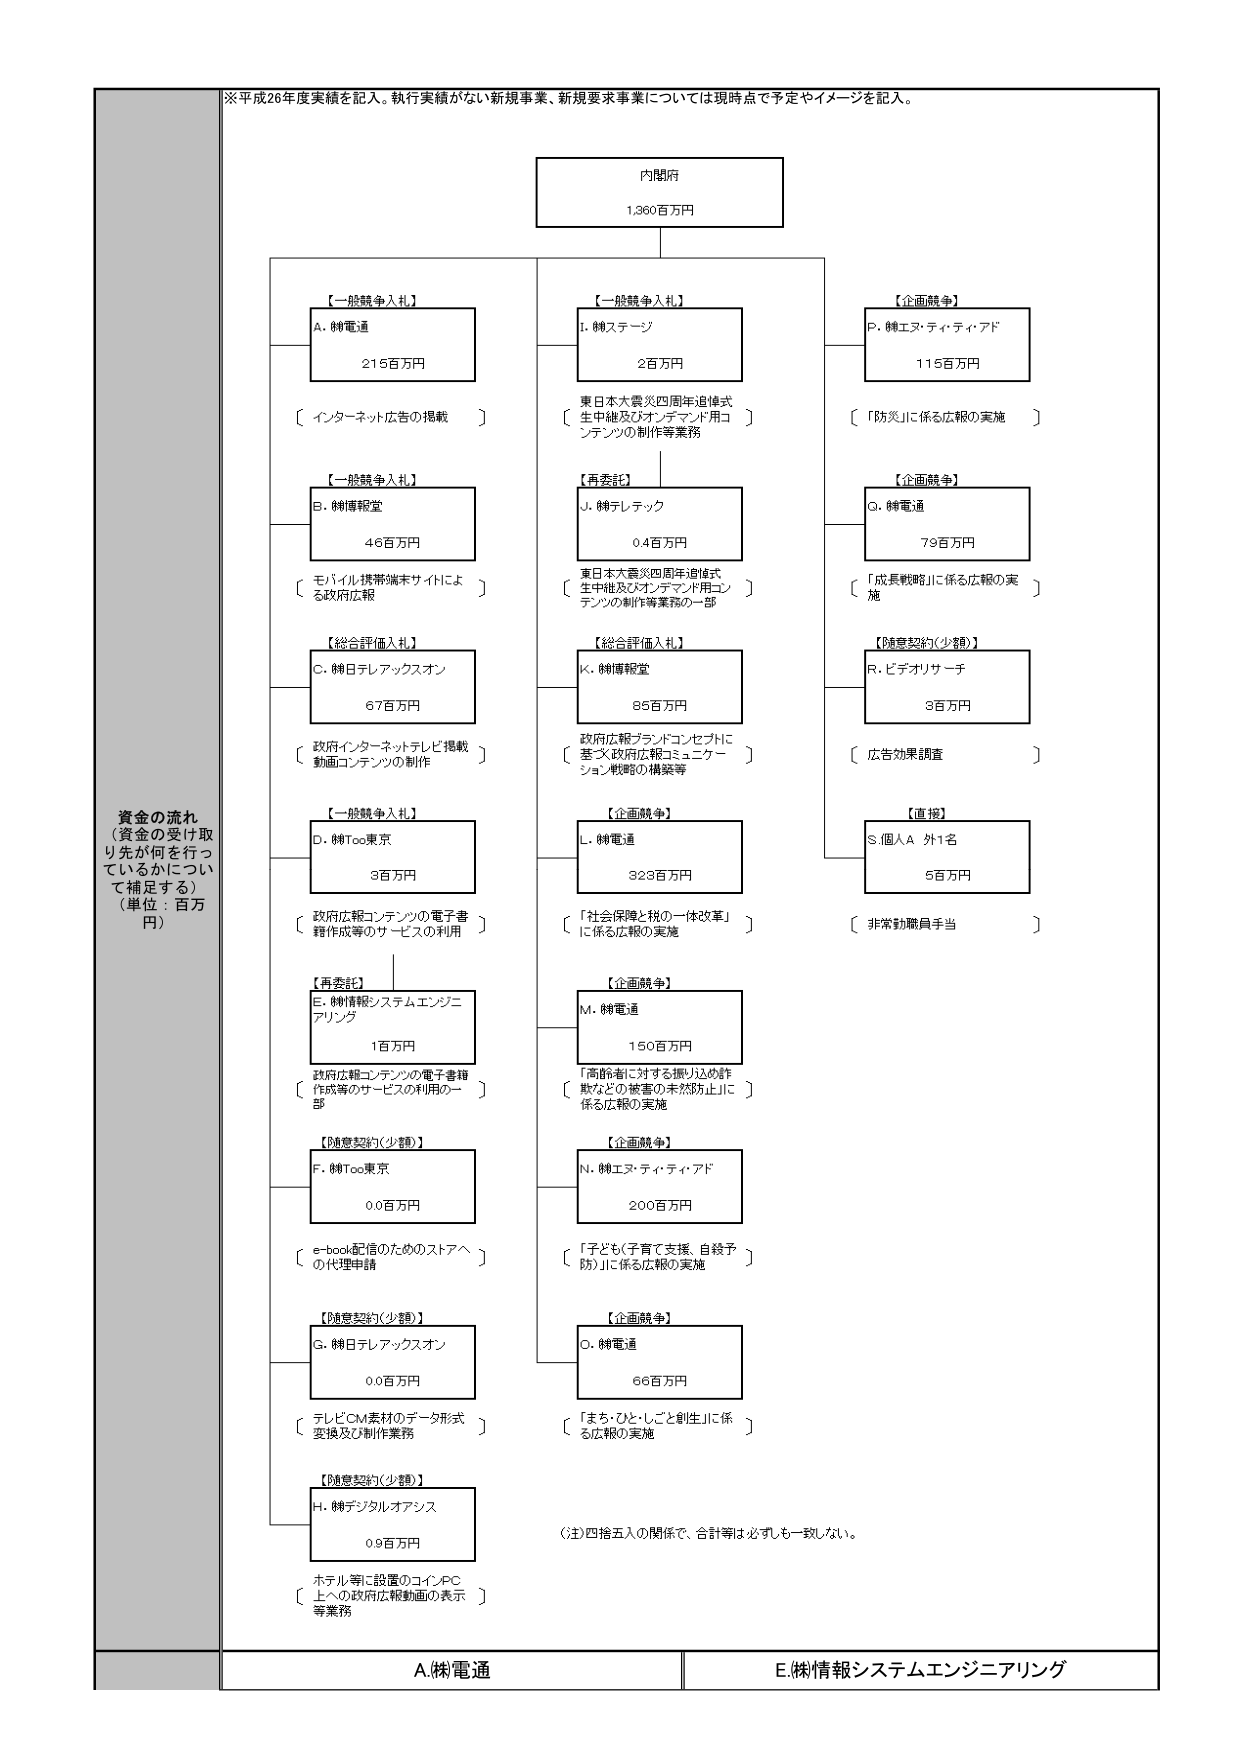
※平成26年度実績を記入。執行実績がない新規事業、新規要求事業については現時点で予定やイメージを記入。

内閣府
1,360百万円

【一般競争入札】
A. ㈱電通
215百万円
〔 インターネット広告の掲載 〕

【一般競争入札】
B. ㈱情報堂
46百万円
〔 モバイル携帯端末サイトによる政府広報 〕

【総合評価入札】
C. ㈱日テレアックスオン
67百万円
〔 政府インターネットテレビ掲載動画コンテンツの制作 〕

【一般競争入札】
D. ㈱Too東京
3百万円
〔 政府広報コンテンツの電子書籍作成等のサービスの利用 〕

【再委託】
E. ㈱情報システムエンジニアリング
1百万円
〔 政府広報コンテンツの電子書籍作成等のサービスの利用の一部 〕

【随意契約（少額）】
F. ㈱Too東京
0.0百万円
〔 e-book配信のためのストアへの代理申請 〕

【随意契約（少額）】
G. ㈱日テレアックスオン
0.0百万円
〔 テレビCM素材のデータ形式変換及び制作業務 〕

【随意契約（少額）】
H. ㈱デジタルオアシス
0.9百万円
〔 ホテル等に設置のコインPC上への政府広報動画の表示等業務 〕

【一般競争入札】
I. ㈱ステージ
2百万円
〔 東日本大震災四周年追悼式生中継及びオンデマンド用コンテンツの制作等業務 〕

【再委託】
J. ㈱テレテック
0.4百万円
〔 東日本大震災四周年追悼式生中継及びオンデマンド用コンテンツの制作等業務の一部 〕

【総合評価入札】
K. ㈱情報堂
85百万円
〔 政府広報ブランドコンセプトに基づく政府広報コミュニケーショング戦略の構築等 〕

【企画競争】
L. ㈱電通
323百万円
〔 「社会保障と税の一体改革」に係る広報の実施 〕

【企画競争】
M. ㈱電通
150百万円
〔 「高齢者に対する振り込め詐欺などの被害の未然防止」に係る広報の実施 〕

【企画競争】
N. ㈱エヌ・ティ・ティ・アド
200百万円
〔 「子ども（子育て支援、自殺予防）」に係る広報の実施 〕

【企画競争】
O. ㈱電通
66百万円
〔 「まち・ひと・しごと創生」に係る広報の実施 〕

【企画競争】
P. ㈱エヌ・ティ・ティ・アド
115百万円
〔 「防災」に係る広報の実施 〕

【企画競争】
Q. ㈱電通
79百万円
〔 「成長戦略」に係る広報の実施 〕

【随意契約（少額）】
R. ビデオリサーチ
3百万円
〔 広告効果調査 〕

【直接】
S. 個人A 外1名
5百万円
〔 非常勤職員手当 〕

資金の流れ
（資金の受け取り先が何を行っているかについて補足する）
（単位：百万円）

（注）四捨五入の関係で、合計等は必ずしも一致しない。

A.㈱電通
E.㈱情報システムエンジニアリング